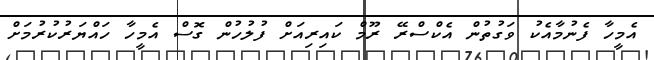
އެމީހާ ފެނުމާއެކު ވަގުތުން އެކްސްރޭ ރޫމް ކައިރިއަށް ފުލުހުން ގޮސް އެމީހާ ހައްޔަރުކުރުމަށް